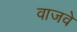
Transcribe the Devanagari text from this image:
वाजवे